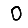
Digit: 0